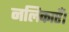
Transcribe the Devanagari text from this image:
नलिकाएँ।